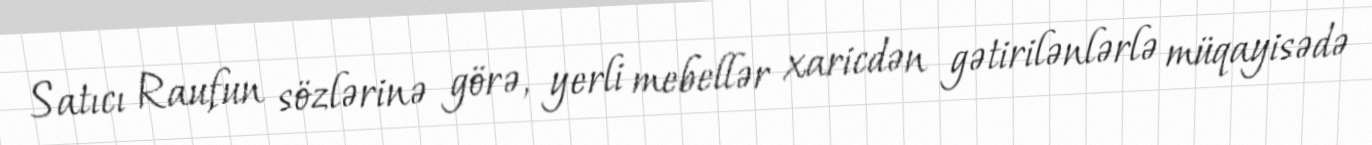
Satıcı Raufun sözlərinə görə, yerli mebellər xaricdən gətirilənlərlə müqayisədə